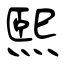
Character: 熙